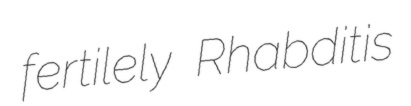
fertilely Rhabditis